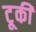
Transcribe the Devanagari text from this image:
टूकी